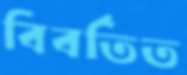
বিবর্তিত